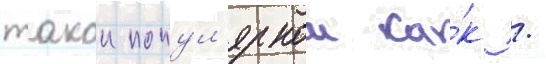
такои попул'ярнои ка́к /